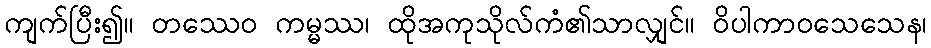
ကျက်ပြီး၍။ တဿေဝ ကမ္မဿ၊ ထိုအကုသိုလ်ကံ၏သာလျှင်။ ဝိပါကာဝသေသေန၊